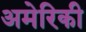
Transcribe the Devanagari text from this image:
अमेरिकी